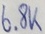
Text: 6.8K